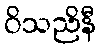
ဝိသညိနီ